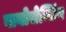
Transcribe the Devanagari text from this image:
बायोसेन्सिंग